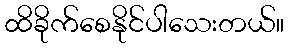
ထိခိုက်စေနိုင်ပါသေးတယ်။